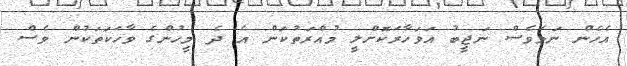
އެހެން ނަމަވެސް ނަޖީބު އަވަހާރަކޮށްލީ މުއްރަތުކަން އެ ދެ މީހުންގެ ވާހަކަތަކުން ވެސް